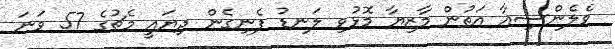
ވެލެންސިއާ އަތުން މާޒިޔާ މޮޅުވި ލަނޑު ފެނިގެން ދިޔައީ މެޗުގެ 57 ވަނަ